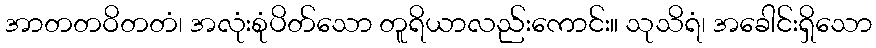
အာတတဝိတတံ၊ အလုံးစုံပိတ်သော တူရိယာလည်းကောင်း။ သုသိရံ၊ အခေါင်းရှိသော